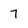
Character: 7